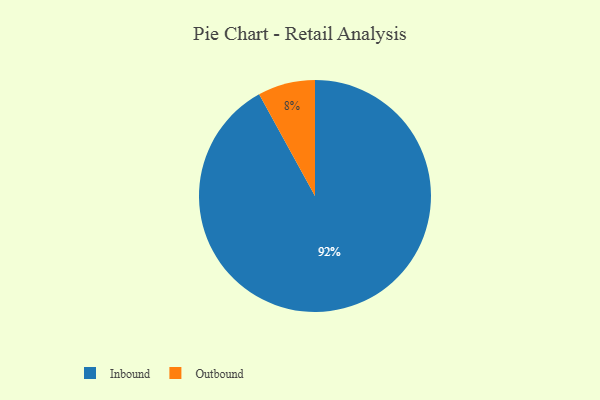
{"axis": {"x": "Category", "y": "Percentage"}, "legend": ["Inbound", "Outbound"], "data": [{"x": "Inbound", "y": 92, "type": "Inbound"}, {"x": "Outbound", "y": 8, "type": "Outbound"}]}